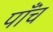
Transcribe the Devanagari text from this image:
पाँंच